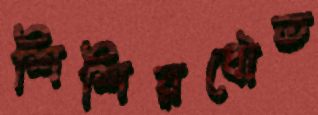
শিশিরধৌত